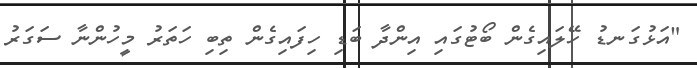
"އަޅުގަނޑު ހޭލައިގެން ބޯޓުގައި އިންދާ ބަޑި ހިފައިގެން ތިބި ހަތަރު މީހުންނާ ސަގަރު